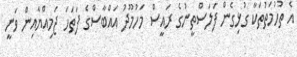
އެ ތުހުމަތުތަކާ ގުޅިގެން ފަލަސްތީނުގެ ރައީސް މަހުމޫދު އައްބާސްގެ ފަތަހަ ޖަމިއްޔާއިން ވަނީ